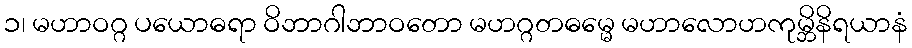
၁၊ မဟာဝဂ္ဂ ပယောဓရာ ဝိဘာဂါဘာဝတော မဟဂ္ဂတဓမ္မေ မဟာလောဟကုမ္ဘိနိရယာနံ